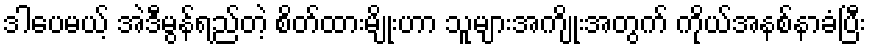
ဒါပေမယ့် အဲဒီမွန်ရည်တဲ့ စိတ်ထားမျိုးဟာ သူများအကျိုးအတွက် ကိုယ်အနစ်နာခံပြီး